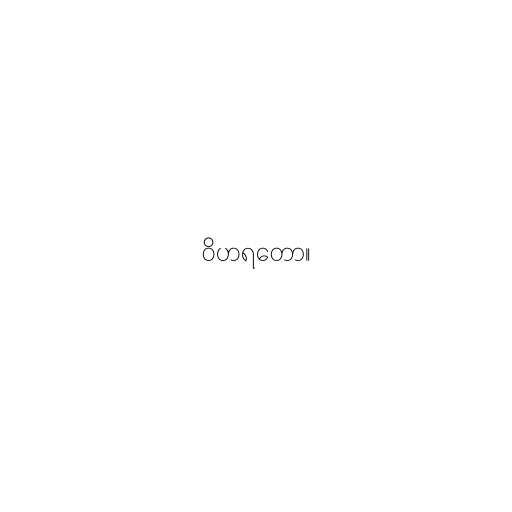
ဝိဟရတော။